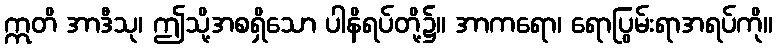
ဣတိ အာဒီသု၊ ဤသို့အစရှိသော ပါနိရပ်တို့၌။ အာကရော၊ ရောပြွမ်းရာအရပ်ကို။